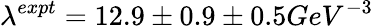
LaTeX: \lambda^{expt}=12.9\pm 0.9\pm 0.5GeV^{-3}